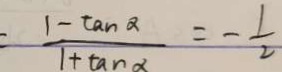
= \frac { 1 - \tan \alpha } { 1 + \tan \alpha } = - \frac { 1 } { 2 }